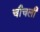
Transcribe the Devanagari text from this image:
चीचली